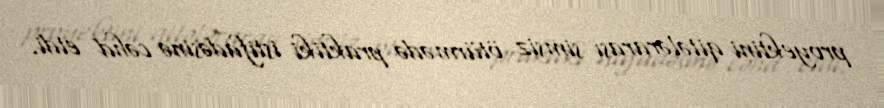
proyektini qitələrarası simsiz ötürmədə praktiki istifadəsinə cəhd etdi.